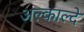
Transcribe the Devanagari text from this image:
अल्काल्दे